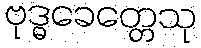
ဗုဒ္ဓခေတ္တေသု